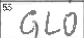
Transcription: GLO